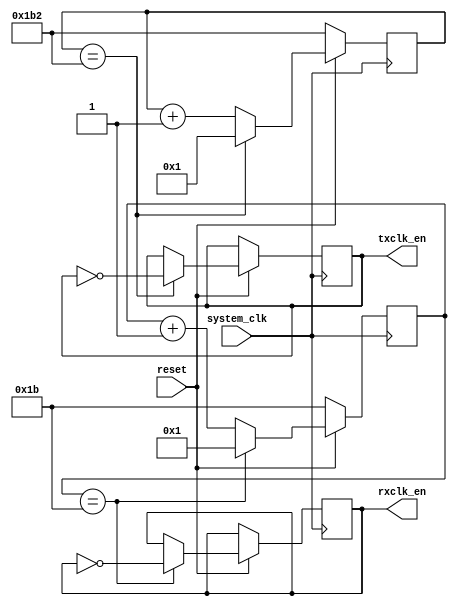
`timescale 1ns / 1ps

module BaudRateGenerator #(
        parameter SYSTEM_CLOCK = 99999001,
        parameter UART_BAUDRATE = 115200
    )(
        input wire system_clk,
        input wire reset,
		output reg rxclk_en,
		output reg txclk_en
    );

    localparam  RX_ACC_MAX = (SYSTEM_CLOCK / (UART_BAUDRATE * 16))/2;
    localparam  TX_ACC_MAX = (SYSTEM_CLOCK / UART_BAUDRATE)/2;
    localparam  RX_ACC_WIDTH = $clog2(RX_ACC_MAX);
    localparam  TX_ACC_WIDTH = $clog2(TX_ACC_MAX);
    
    reg [RX_ACC_WIDTH - 1:0] rx_acc = 0;
    reg [TX_ACC_WIDTH - 1:0] tx_acc = 0;
    
    initial begin
        rxclk_en = 1'b0;
        txclk_en = 1'b0;
    end

    always @(posedge system_clk) begin
        if(reset == 1'b0) begin
            rx_acc <= RX_ACC_MAX;
        end else begin        
            if (rx_acc == RX_ACC_MAX[RX_ACC_WIDTH - 1:0]) begin
                rx_acc <= 1;
                rxclk_en <= ~rxclk_en;
            end else begin
                rx_acc <= rx_acc + 1'b1;
            end
        end
    end

    always @(posedge system_clk) begin
        if(reset == 1'b0) begin
            tx_acc <=  TX_ACC_MAX;
        end else begin 
            if (tx_acc == TX_ACC_MAX[TX_ACC_WIDTH - 1:0]) begin
                tx_acc <= 1;
                txclk_en <= ~txclk_en;
            end else begin
                tx_acc <= tx_acc + 1'b1;
            end
        end
    end

endmodule